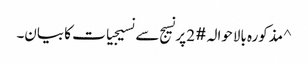
^ مذکورہ بالاحوالہ #2 پر نسیج سے نسیجیات کا بیان۔